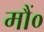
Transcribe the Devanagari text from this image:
मौं०